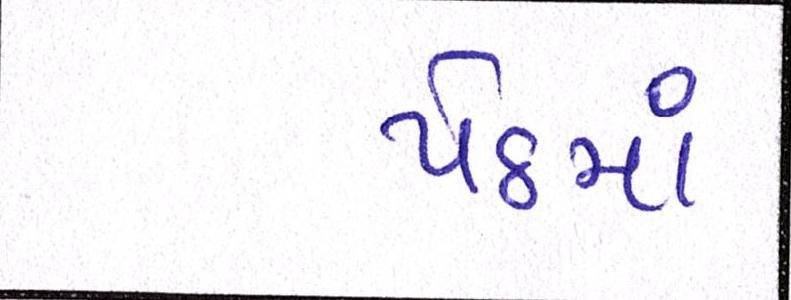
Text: પેઠમાં